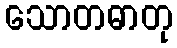
သောတဓာတု